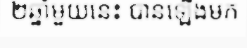
២ឆ្នាំមួយនេះ បានឡើងមក